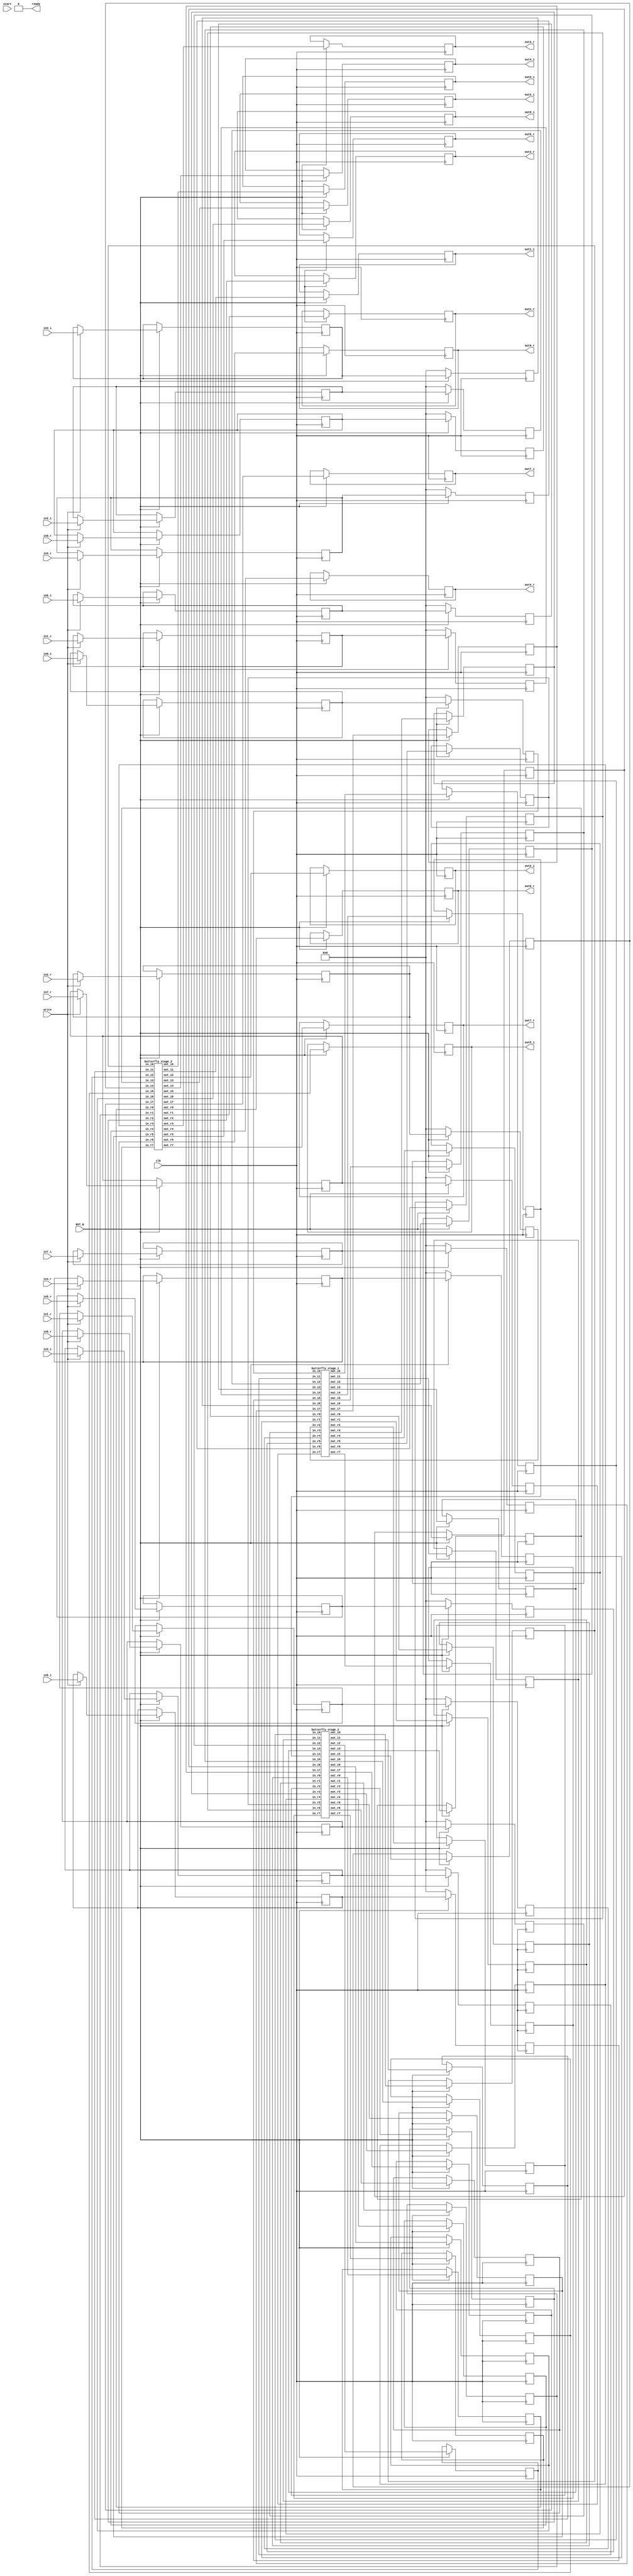
`timescale 1ns/1ps
//////////////////////////////////////////////////////////////////////////////////
//
// 
// Last Update: 11/27/2023 08:43:54 PM
// Module Name: DIT_DDT_8
// Revision 0.03
// Additional Comments:
// The input and output data are in the formal ->
//      -----------------------------------------------------------------------
//      | signbit (1) | fractional_part_of_data(7) |  decimal_part_of_data(8) |
//      -----------------------------------------------------------------------
// NOTE: fractional and decimal part of data are in normal form (non inverter  
//       and NOT 2's complement) even if they are negative - signed magnitude
//////////////////////////////////////////////////////////////////////////////////
module dit_fft_8 (
    input [15:0] in0_r, in1_r, in2_r, in3_r, in4_r, in5_r, in6_r, in7_r,            // input real vectors
    input [15:0] in0_i, in1_i, in2_i, in3_i, in4_i, in5_i, in6_i, in7_i,            // input imaginary vectors
    input clk, RST_N, write, start,                                                 // clock, active low rst, input write signal, start signal, 
    output [15:0] out0_r, out1_r, out2_r, out3_r, out4_r, out5_r, out6_r, out7_r,   // output real vectors
    output [15:0] out0_i, out1_i, out2_i, out3_i, out4_i, out5_i, out6_i, out7_i,   // output imaginary vectors 
    output ready                                                                    // output ready signal
);
                      
    reg [15:0] input_r[0:7];
    reg [15:0] input_i[0:7];
    
    reg [15:0] in_r[0:7];
    reg [15:0] in_i[0:7];
    
    wire [15:0] pp1o_r[0:7];
    wire [15:0] pp1o_i[0:7];

    reg [15:0] pp2i_r[0:7];
    reg [15:0] pp2i_i[0:7];
    
    wire [15:0] pp2o_r[0:7];
    wire [15:0] pp2o_i[0:7];

    reg [15:0] pp3i_r[0:7];
    reg [15:0] pp3i_i[0:7];
    
    reg ready_stage0=0, ready_stage1=0, ready_stage2=0, ready_stage3=0;
    
    wire [15:0] w_r[0:7];
    wire [15:0] w_i[0:7];
    
    reg [15:0] out_r[0:7];
    reg [15:0] out_i[0:7];
    
    
    wire [15:0] tmp_r1[0:7];
    wire [15:0] tmp_i1[0:7];
    wire [15:0] tmp_r2[0:7];
    wire [15:0] tmp_i2[0:7];
    integer i;
    
    initial begin
	    for (i = 0; i < 8; i = i + 1) begin
			input_r[i] = 0;
			input_i[i]=0;
			in_r[i]=0;
			in_i[i]=0;
			pp2i_r[i]=0;
			pp2i_i[i]=0;
			pp3i_r[i]=0;
			pp3i_i[i]=0;
			out_r[i]=0;
			out_i[i]=0;
	    end
    end
    
    
    
    
    always @(negedge clk) begin
    ready_stage3 <= 0;
    end
    always @(posedge clk) begin
      if (RST_N == 1'b0) begin
        ready_stage0 <= 0;
        ready_stage1 <= 0;
        ready_stage2 <= 0;
        ready_stage3 <= 0;
        for (i = 0; i < 8; i = i + 1) begin     // If reset is low then write 0 to all reg
          in_r[i] <= 0;
          in_i[i] <= 0;
        end
      end 
      else begin                                      //else write the input data vector if write is high
        if (write == 1'b1) begin
          input_r[0] <= in0_r;
          input_r[1] <= in1_r;
          input_r[2] <= in2_r;
          input_r[3] <= in3_r;
          input_r[4] <= in4_r;
          input_r[5] <= in5_r;
          input_r[6] <= in6_r;
          input_r[7] <= in7_r;
                
          input_i[0] <= in0_i;
          input_i[1] <= in1_i;
          input_i[2] <= in2_i;
          input_i[3] <= in3_i;
          input_i[4] <= in4_i;
          input_i[5] <= in5_i;
          input_i[6] <= in6_i;
          input_i[7] <= in7_i;
        end
            
        if (start == 1'b0) begin
          ready_stage0 <= 0;
        end  
        else begin
          ready_stage0 <= 1;
        end
            
        ready_stage1 <= ready_stage0;
        ready_stage2 <= ready_stage1;
        ready_stage3 <= ready_stage2;
        for (i = 0; i < 8; i = i + 1) begin     // If reset is low then write 0 to all reg
          in_r[i] <= input_r[i];
          in_i[i] <= input_i[i];
          pp2i_r[i] <= pp1o_r[i];
          pp2i_i[i] <= pp1o_i[i];
          pp3i_r[i] <= pp2o_r[i];
          pp3i_i[i] <= pp2o_i[i];
          out_r[i] <= w_r[i];
          out_i[i] <= w_i[i];
        end
      end
    end 
    
    assign out0_r = out_r[0];
    assign out1_r = out_r[1];
    assign out2_r = out_r[2];
    assign out3_r = out_r[3];
    assign out4_r = out_r[4];
    assign out5_r = out_r[5];
    assign out6_r = out_r[6];
    assign out7_r = out_r[7];
    
    assign out0_i = out_i[0];
    assign out1_i = out_i[1];
    assign out2_i = out_i[2];
    assign out3_i = out_i[3];
    assign out4_i = out_i[4];
    assign out5_i = out_i[5];
    assign out6_i = out_i[6];
    assign out7_i = out_i[7];
    
    
    assign ready = ready_stage3;
        butterfly_stage_1 B1(.in_r0(in_r[0]), .in_r1(in_r[4]), .in_r2(in_r[2]), .in_r3(in_r[6]), .in_r4(in_r[1]), .in_r5(in_r[5]), .in_r6(in_r[3]), .in_r7(in_r[7]), 
                          .in_i0(in_i[0]), .in_i1(in_i[4]), .in_i2(in_i[2]), .in_i3(in_i[6]), .in_i4(in_i[1]), .in_i5(in_i[5]), .in_i6(in_i[3]), .in_i7(in_i[7]), 
                          .out_r0(pp1o_r[0]), .out_r1(pp1o_r[1]), .out_r2(pp1o_r[2]), .out_r3(pp1o_r[3]), .out_r4(pp1o_r[4]), .out_r5(pp1o_r[5]), .out_r6(pp1o_r[6]), .out_r7(pp1o_r[7]),  
                          .out_i0(pp1o_i[0]), .out_i1(pp1o_i[1]), .out_i2(pp1o_i[2]), .out_i3(pp1o_i[3]), .out_i4(pp1o_i[4]), .out_i5(pp1o_i[5]), .out_i6(pp1o_i[6]), .out_i7(pp1o_i[7]));
                     
        butterfly_stage_2 B2(.in_r0(pp2i_r[0]), .in_r1(pp2i_r[1]), .in_r2(pp2i_r[2]), .in_r3(pp2i_r[3]), .in_r4(pp2i_r[4]), .in_r5(pp2i_r[5]), .in_r6(pp2i_r[6]), .in_r7(pp2i_r[7]), 
                          .in_i0(pp2i_i[0]), .in_i1(pp2i_i[1]), .in_i2(pp2i_i[2]), .in_i3(pp2i_i[3]), .in_i4(pp2i_i[4]), .in_i5(pp2i_i[5]), .in_i6(pp2i_i[6]), .in_i7(pp2i_i[7]), 
                          .out_r0(pp2o_r[0]), .out_r1(pp2o_r[1]), .out_r2(pp2o_r[2]), .out_r3(pp2o_r[3]), .out_r4(pp2o_r[4]), .out_r5(pp2o_r[5]), .out_r6(pp2o_r[6]), .out_r7(pp2o_r[7]),  
                          .out_i0(pp2o_i[0]), .out_i1(pp2o_i[1]), .out_i2(pp2o_i[2]), .out_i3(pp2o_i[3]), .out_i4(pp2o_i[4]), .out_i5(pp2o_i[5]), .out_i6(pp2o_i[6]), .out_i7(pp2o_i[7]));
                  
        butterfly_stage_3 B3(.in_r0(pp3i_r[0]), .in_r1(pp3i_r[1]), .in_r2(pp3i_r[2]), .in_r3(pp3i_r[3]), .in_r4(pp3i_r[4]), .in_r5(pp3i_r[5]), .in_r6(pp3i_r[6]), .in_r7(pp3i_r[7]), 
                          .in_i0(pp3i_i[0]), .in_i1(pp3i_i[1]), .in_i2(pp3i_i[2]), .in_i3(pp3i_i[3]), .in_i4(pp3i_i[4]), .in_i5(pp3i_i[5]), .in_i6(pp3i_i[6]), .in_i7(pp3i_i[7]), 
                          .out_r0(w_r[0]), .out_r1(w_r[1]), .out_r2(w_r[2]), .out_r3(w_r[3]), .out_r4(w_r[4]), .out_r5(w_r[5]), .out_r6(w_r[6]), .out_r7(w_r[7]),  
                          .out_i0(w_i[0]), .out_i1(w_i[1]), .out_i2(w_i[2]), .out_i3(w_i[3]), .out_i4(w_i[4]), .out_i5(w_i[5]), .out_i6(w_i[6]), .out_i7(w_i[7]));       


endmodule



module butterfly_stage_3(input [15:0] in_r0, in_r1, in_r2, in_r3, in_r4, in_r5, in_r6, in_r7, 
                         input [15:0] in_i0, in_i1, in_i2, in_i3, in_i4, in_i5, in_i6, in_i7, 
                         output [15:0] out_r0, out_r1, out_r2, out_r3, out_r4, out_r5, out_r6, out_r7,  
                         output [15:0] out_i0, out_i1, out_i2, out_i3, out_i4, out_i5, out_i6, out_i7);

    // First butterfly
    butterfly_8_ip B8(.a_r0(in_r0), .b_r1(in_r1), .c_r2(in_r2), .d_r3(in_r3), .e_r4(in_r4), .f_r5(in_r5), .g_r6(in_r6), .h_r7(in_r7), 
                   .a_i0(in_i0), .b_i1(in_i1), .c_i2(in_i2), .d_i3(in_i3), .e_i4(in_i4), .f_i5(in_i5), .g_i6(in_i6), .h_i7(in_i7), 
                   .A_r0(out_r0), .B_r1(out_r1), .C_r2(out_r2), .D_r3(out_r3), .E_r4(out_r4), .F_r5(out_r5), .G_r6(out_r6), .H_r7(out_r7), 
                   .A_i0(out_i0), .B_i1(out_i1), .C_i2(out_i2), .D_i3(out_i3), .E_i4(out_i4), .F_i5(out_i5), .G_i6(out_i6), .H_i7(out_i7));

endmodule

module butterfly_8_ip(input [15:0] a_r0, b_r1, c_r2, d_r3, e_r4, f_r5, g_r6, h_r7 
                                        , a_i0, b_i1, c_i2, d_i3, e_i4, f_i5, g_i6, h_i7, 
                      output [15:0] A_r0, B_r1, C_r2, D_r3, E_r4, F_r5, G_r6, H_r7, 
                                           A_i0, B_i1, C_i2, D_i3, E_i4, F_i5, G_i6, H_i7);
                                           
  wire [15:0] f_tmp_r, f_tmp_i, h_tmp_r, h_tmp_i;
   // A+C - first output
  adder add0(.in0(a_r0), .in1(e_r4), .out(A_r0));
  adder add1(.in0(a_i0), .in1(e_i4), .out(A_i0));
  
  // B+w1F - second output
  complex_multiplier_pn mult0(.in_r1(f_r5), .in_i1(f_i5), .out_r(f_tmp_r), .out_i(f_tmp_i));
  adder add2(.in0(b_r1), .in1(f_tmp_r), .out(B_r1));
  adder add3(.in0(b_i1), .in1(f_tmp_i), .out(B_i1));
  
   // C-jG - third output
  adder add4(.in0(c_r2), .in1(g_i6), .out(C_r2));
  subtractor sub0(.in0(c_i2), .in1(g_r6), .out(C_i2));
  
    // B+w1F - Fourth output
  complex_multiplier_nn mult1(.in_r1(h_r7), .in_i1(h_i7), .out_r(h_tmp_r), .out_i(h_tmp_i));
  adder add5(.in0(d_r3), .in1(h_tmp_r), .out(D_r3));
  adder add6(.in0(d_i3), .in1(h_tmp_i), .out(D_i3));
  
  
     // A+C - Fifth output
  subtractor sub1(.in0(a_r0), .in1(e_r4), .out(E_r4));
  subtractor sub2(.in0(a_i0), .in1(e_i4), .out(E_i4));
  
  // B+w1F - Sixth output
  subtractor sub3(.in0(b_r1), .in1(f_tmp_r), .out(F_r5));
  subtractor sub4(.in0(b_i1), .in1(f_tmp_i), .out(F_i5));
  
   // C-jG - Seventh output
  subtractor sub5(.in0(c_r2), .in1(g_i6), .out(G_i6));
  adder add7(.in0(c_i2), .in1(g_r6), .out(G_r6));
  
    // B+w1F - Eighth output
  subtractor sub6(.in0(d_r3), .in1(h_tmp_r), .out(H_r7));
  subtractor sub7(.in0(d_i3), .in1(h_tmp_i), .out(H_i7));
  
  

endmodule

module butterfly_stage_2(input [15:0] in_r0, in_r1, in_r2, in_r3, in_r4, in_r5, in_r6, in_r7, 
                         input [15:0] in_i0, in_i1, in_i2, in_i3, in_i4, in_i5, in_i6, in_i7, 
                         output [15:0] out_r0, out_r1, out_r2, out_r3, out_r4, out_r5, out_r6, out_r7,  
                         output [15:0] out_i0, out_i1, out_i2, out_i3, out_i4, out_i5, out_i6, out_i7);

    // First butterfly
  butterfly_4_ip b0(.in_r0(in_r0), .in_r1(in_r1), .in_r2(in_r2), .in_r3(in_r3), .in_i0(in_i0), .in_i1(in_i1), .in_i2(in_i2), .in_i3(in_i3), .out_r0(out_r0), .out_r1(out_r1), .out_r2(out_r2), .out_r3(out_r3), .out_i0(out_i0), .out_i1(out_i1), .out_i2(out_i2), .out_i3(out_i3));
  
    // Second butterfly
  butterfly_4_ip b1(.in_r0(in_r4), .in_r1(in_r5), .in_r2(in_r6), .in_r3(in_r7), .in_i0(in_i4), .in_i1(in_i5), .in_i2(in_i6), .in_i3(in_i7), .out_r0(out_r4), .out_r1(out_r5), .out_r2(out_r6), .out_r3(out_r7), .out_i0(out_i4), .out_i1(out_i5), .out_i2(out_i6), .out_i3(out_i7));
  
endmodule

module butterfly_4_ip(input [15:0] in_r0, in_r1, in_r2, in_r3, in_i0, in_i1, in_i2, in_i3, 
                      output [15:0] out_r0, out_r1, out_r2, out_r3, out_i0, out_i1, out_i2, out_i3);
   // A+C - first output
  adder add0(.in0(in_r0), .in1(in_r2), .out(out_r0));
  adder add1(.in0(in_i0), .in1(in_i2), .out(out_i0));
  
   // A-C - second output
  adder add2(.in0(in_r1), .in1(in_i3), .out(out_r1));
  subtractor sub0(.in0(in_i1), .in1(in_r3), .out(out_i1));
  
   // A-C - third output
  subtractor sub1(.in0(in_r0), .in1(in_r2), .out(out_r2));
  subtractor sub2(.in0(in_i0), .in1(in_i2), .out(out_i2));
  
   // A-C - fourth output
  subtractor sub3(.in0(in_r1), .in1(in_i3), .out(out_r3));
  adder add3(.in0(in_i1), .in1(in_r3), .out(out_i3));
endmodule

module butterfly_stage_1(input [15:0] in_r0, in_r1, in_r2, in_r3, in_r4, in_r5, in_r6, in_r7, 
                         input [15:0] in_i0, in_i1, in_i2, in_i3, in_i4, in_i5, in_i6, in_i7, 
                         output [15:0] out_r0, out_r1, out_r2, out_r3, out_r4, out_r5, out_r6, out_r7,  
                         output [15:0] out_i0, out_i1, out_i2, out_i3, out_i4, out_i5, out_i6, out_i7);

    // First butterfly
  butterfly_2_ip b0(.in_r0(in_r0), .in_r1(in_r1), .in_i0(in_i0), .in_i1(in_i1), .out_r0(out_r0), .out_r1(out_r1), .out_i0(out_i0), .out_i1(out_i1));

    // Second butterfly
  butterfly_2_ip b1(.in_r0(in_r2), .in_r1(in_r3), .in_i0(in_i2), .in_i1(in_i3), .out_r0(out_r2), .out_r1(out_r3), .out_i0(out_i2), .out_i1(out_i3));

    // Third butterfly
  butterfly_2_ip b2(.in_r0(in_r4), .in_r1(in_r5), .in_i0(in_i4), .in_i1(in_i5), .out_r0(out_r4), .out_r1(out_r5), .out_i0(out_i4), .out_i1(out_i5));

    // Fourth butterfly
  butterfly_2_ip b3(.in_r0(in_r6), .in_r1(in_r7), .in_i0(in_i6), .in_i1(in_i7), .out_r0(out_r6), .out_r1(out_r7), .out_i0(out_i6), .out_i1(out_i7));
endmodule

module butterfly_2_ip(input [15:0] in_r0, in_r1, in_i0, in_i1, output [15:0] out_r0, out_r1, out_i0, out_i1);
   // A+B - first output
  adder add0(.in0(in_r0), .in1(in_r1), .out(out_r0));
  adder add1(.in0(in_i0), .in1(in_i1), .out(out_i0));

  // A-B - second output
  subtractor sub0(.in0(in_r0), .in1(in_r1), .out(out_r1));
  subtractor sub1(.in0(in_i0), .in1(in_i1), .out(out_i1));
endmodule

module complex_multiplier_pn(input [15:0] in_r1, in_i1, output [15:0] out_r, out_i);
  wire [15:0] tmp_A, tmp_B, tmp_C, tmp_D;

  mult_pos mp0(.in(in_r1) ,.out(tmp_A));
  mult_pos mp1(.in(in_i1) ,.out(tmp_B));
  mult_neg mp2(.in(in_r1) ,.out(tmp_C));
  mult_pos mp3(.in(in_i1) ,.out(tmp_D));

  // Subtract the product of the imaginary parts from the product of the real parts
  adder add0(.in0(tmp_A), .in1(tmp_B), .out(out_r));
  adder add1(.in0(tmp_C), .in1(tmp_D), .out(out_i));
endmodule

module complex_multiplier_nn(input [15:0] in_r1, in_i1, output [15:0] out_r, out_i);
  wire [15:0] tmp_A, tmp_B, tmp_C, tmp_D;

  mult_pos mp0(.in(in_i1) ,.out(tmp_B));   
  mult_neg mp1(.in(in_r1) ,.out(tmp_A));
  mult_neg mp2(.in(in_i1) ,.out(tmp_C));
  mult_neg mp3(.in(in_r1) ,.out(tmp_D));

  // Subtract the product of the imaginary parts from the product of the real parts
  adder add0(.in0(tmp_A), .in1(tmp_B), .out(out_r));
  adder add1(.in0(tmp_C), .in1(tmp_D), .out(out_i));
endmodule

module adder(input [15:0] in0, in1, output [15:0] out);
  wire [15:0] temp1, temp2;
  reg [15:0] temp_out;

  always @* begin
      if(in0[15] == in1[15]) 
          begin      //sign are equal
            temp_out = in0[15]==0 ? {(in0[14:0] + in1[14:0])& 16'h7fff}: {16'h8000 | ((in0[14:0] + in1[14:0])& 16'h7fff)};
            end
        if(in0[15] != in1[15]) //not equal sign
            begin
                if(in0[14:0]>in1[14:0])     // in 0 is greater
                    begin
                        temp_out = in0[15]==0 ? {(in0[14:0] - in1[14:0])& 16'h7fff} : {16'h8000 | ((in0[14:0] - in1[14:0])& 16'h7fff)};
                    end
                else if (in1[14:0]>in0[14:0])
                    begin
                        temp_out = in1[15]==0 ? {(in1[14:0] - in0[14:0])& 16'h7fff} : {16'h8000 | ((in1[14:0] - in0[14:0])& 16'h7fff)};
                    end
                else 
                    begin
                        temp_out = 16'h0000;
                    end
            end
  end
  assign out = temp_out;  
endmodule

module subtractor(input [15:0] in0, in1, output [15:0] out);
  wire [15:0] temp1, temp2;
  reg [15:0] temp_out;
  adder a1(.in0(in0), .in1({~in1[15], in1[14:0]}), .out(out)); 
endmodule

module mult_pos(input [15:0] in, output [15:0] out);
    assign out[15] = in[15];
    assign out[14:0] = (in[14:0]>>1)+(in[14:0]>>3)+(in[14:0]>>4)+(in[14:0]>>6)+(in[14:0]>>8)+ (in[14:0]>>14);
endmodule

module mult_neg(input [15:0] in, output [15:0] out);
    assign out[15] = ~in[15];
    assign out[14:0] = (in[14:0]>>1)+(in[14:0]>>3)+(in[14:0]>>4)+(in[14:0]>>6)+(in[14:0]>>8) + (in[14:0]>>14);
endmodule